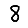
Digit: 8